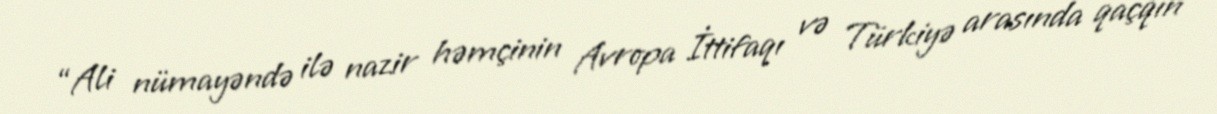
“Ali nümayəndə ilə nazir həmçinin Avropa İttifaqı və Türkiyə arasında qaçqın